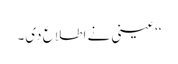
‘‘ عینی نے اطلاع دی۔